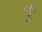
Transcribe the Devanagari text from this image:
उँ